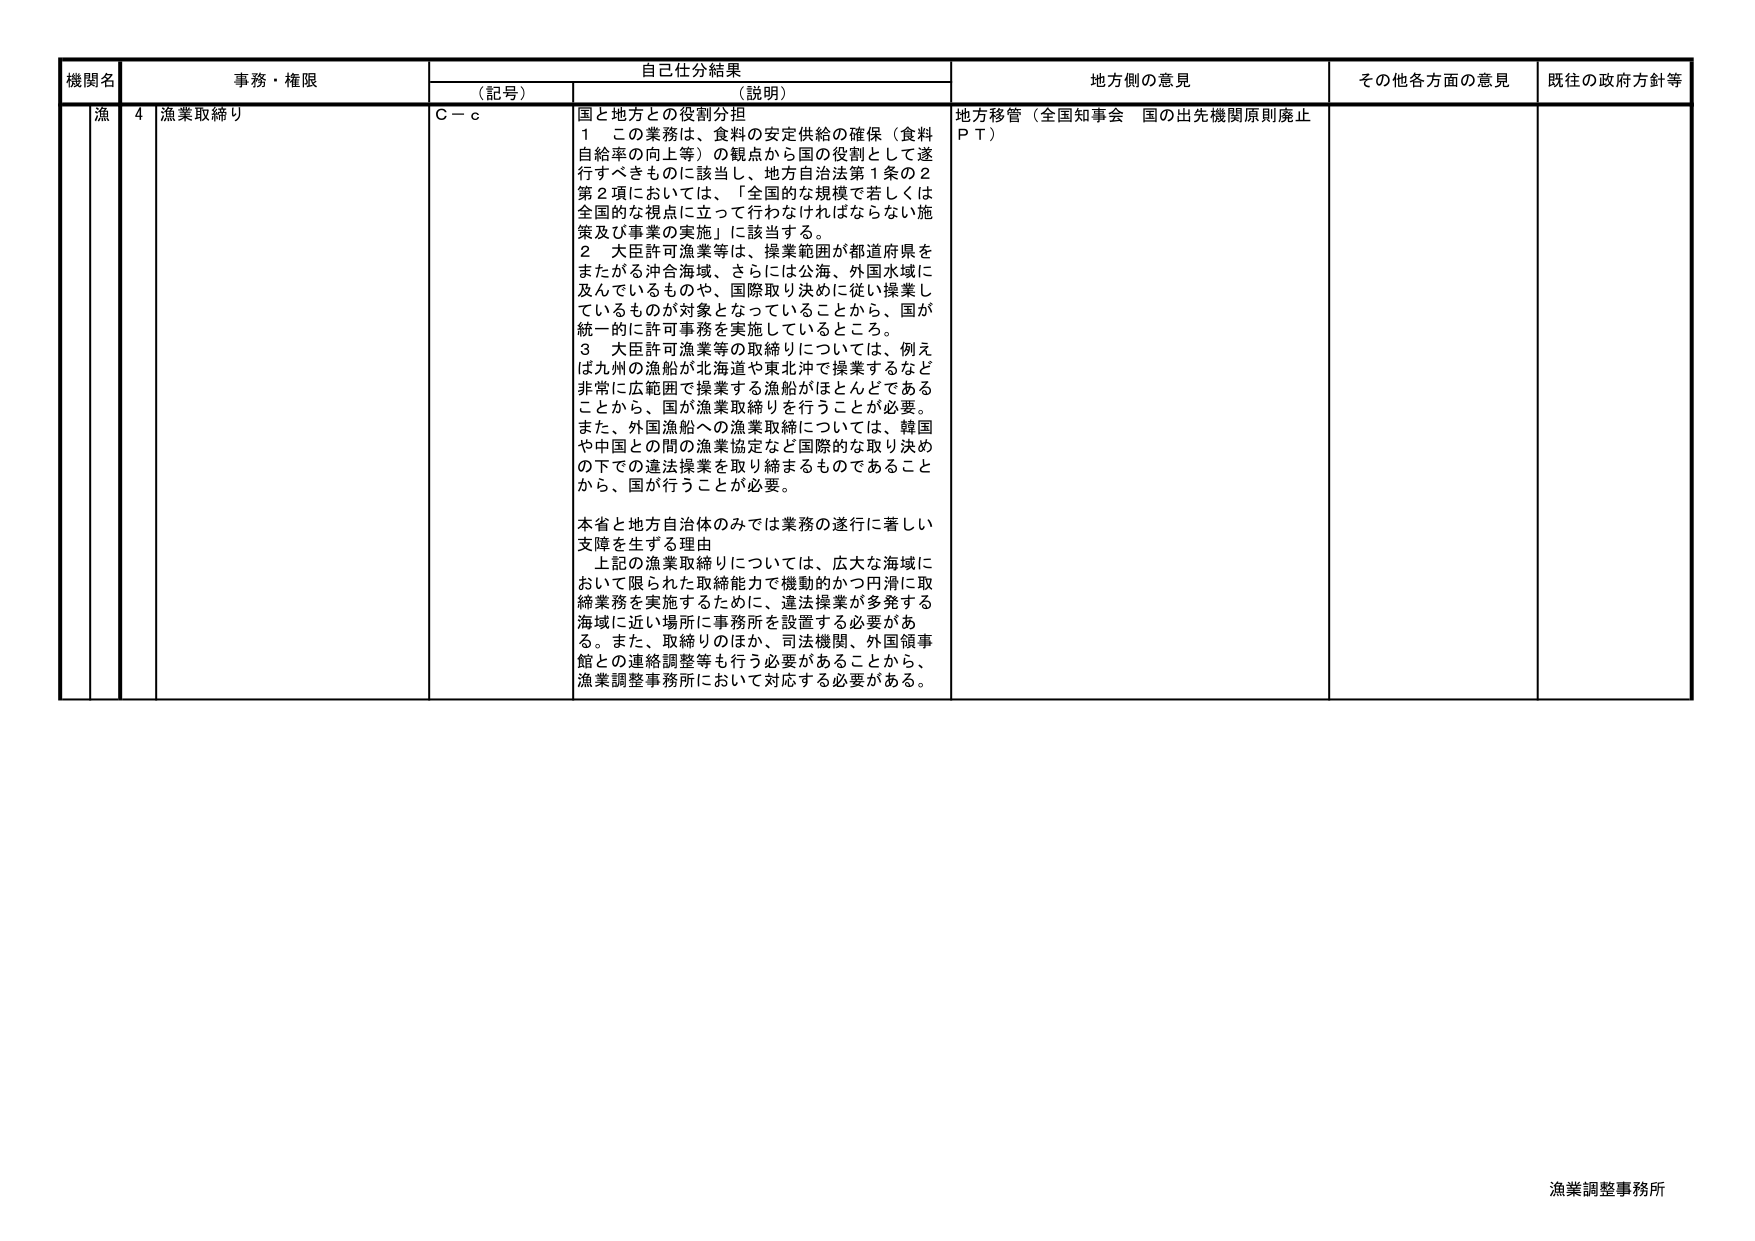
機関名 事務・権限 自己仕分結果 地方側の意見 その他各方面の意見 既往の政府方針等
（記号） （説明）
漁 4 漁業取締り C－c 国と地方との役割分担
１ この業務は、食料の安定供給の確保（食料
自給率の向上等）の観点から国の役割として遂
行すべきものに該当し、地方自治法第１条の２
第２項においては、「全国的な規模で若しくは
全国的な視点に立って行わなければならない施
策及び事業の実施」に該当する。
２ 大臣許可漁業等は、操業範囲が都道府県を
またがる沖合海域、さらには公海、外国水域に
及んでいるものや、国際取り決めに従い操業し
ているものが対象となっていることから、国が
統一的に許可事務を実施しているところ。
３ 大臣許可漁業等の取締りについては、例え
ば九州の漁船が北海道や東北沖で操業するなど
非常に広範囲で操業する漁船がほとんどである
ことから、国が漁業取締りを行うことが必要。
また、外国漁船への漁業取締については、韓国
や中国との間の漁業協定など国際的な取り決め
の下での違法操業を取り締まるものであること
から、国が行うことが必要。
本省と地方自治体のみでは業務の遂行に著しい
支障を生ずる理由
上記の漁業取締りについては、広大な海域に
おいて限られた取締能力で機動的かつ円滑に取
締業務を実施するために、違法操業が多発する
海域に近い場所に事務所を設置する必要があ
る。また、取締りのほか、司法機関、外国領事
館との連絡調整等も行う必要があることから、
漁業調整事務所において対応する必要がある。
地方移管（全国知事会 国の出先機関原則廃止
ＰＴ）
漁業調整事務所